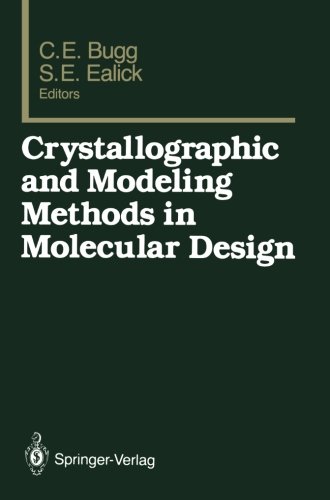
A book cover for Crystallographic and Modeling Methods in Molecular Design; Medical Books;